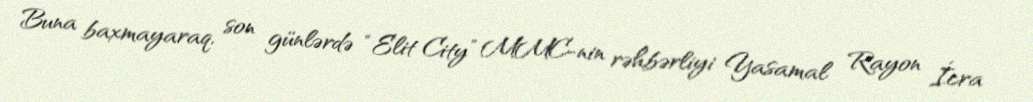
Buna baxmayaraq, son günlərdə “Elit City” MMC-nin rəhbərliyi Yasamal Rayon İcra